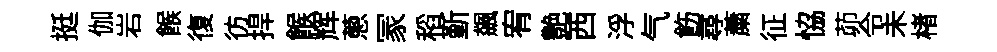
挺伽岩餱復彷捍餱辉蔥冡稻斳飆宥艶西浮气飭尋䔥征恊茆令未楮